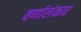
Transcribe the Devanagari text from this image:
वर्णालंकार